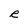
Character: R